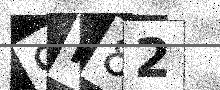
Text: 9N82